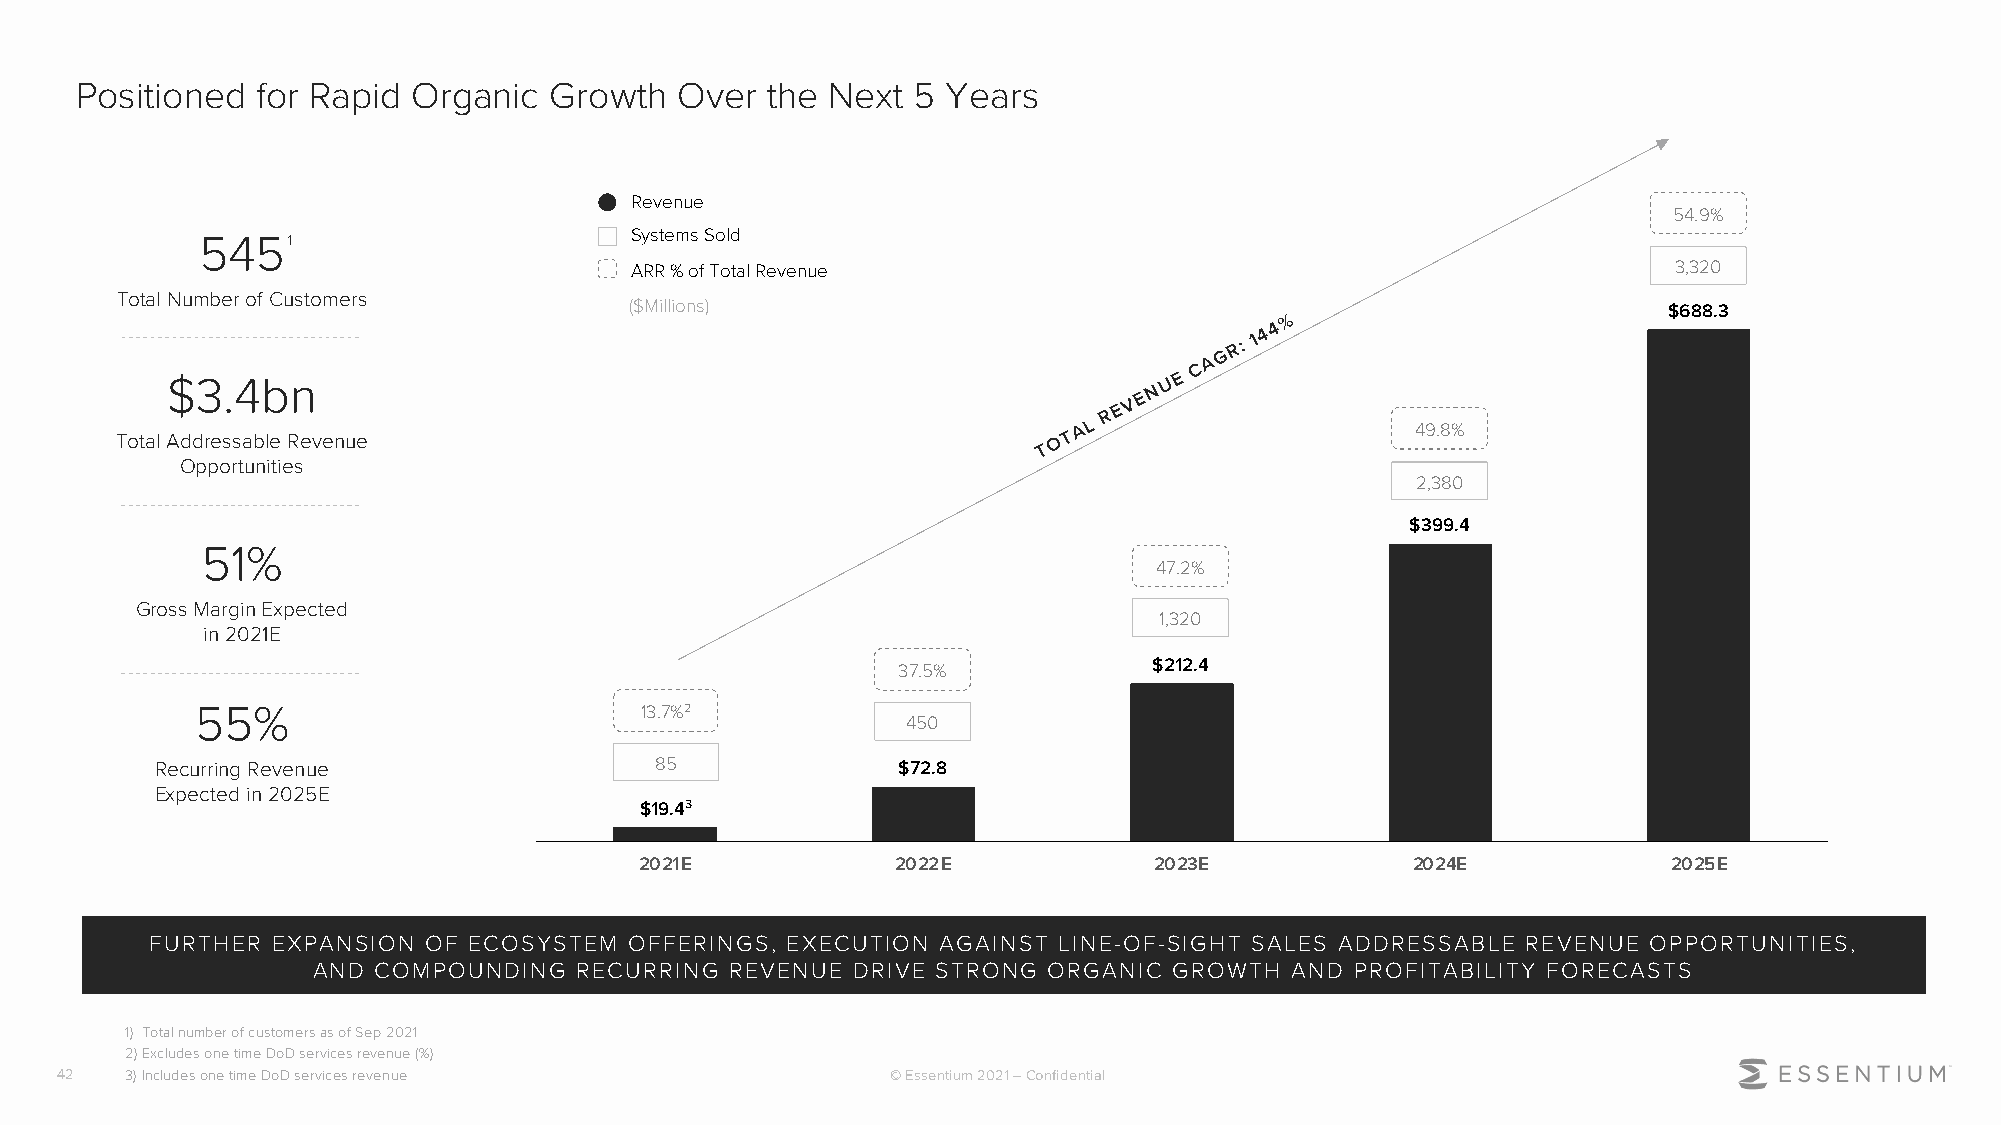
Positioned  for Rapid Organic  Growth   Over  the Next 5  Years
 Revenue
 54.9%
 5451                         Systems Sold
 ARR % of Total Revenue                                               3,320
 Total Number of Customers
 ($Millions)                                                         $688.3
 %
 G
 R:
 1 4 4
 A
 C
 $3.4bn                                                            U E
 N
 V E
 A L
 R E
 49.8%
 Total Addressable Revenue                                     O T
 T
 Opportunities
 2,380
 $399.4
 51%
 47.2%
 Gross Margin Expected
 1,320
 in 2021E
 37.5%            $212.4
 55%                          13.7%2
 450
 Recurring Revenue                85              $72.8
 Expected in 2025E
 $19.43
 2021E            2022E            2023E            2024E             2025E
 FURTHER EXPANSION OF ECOSYSTEM  OFFERINGS, EXECUTION AGAINST LINE-OF-SIGHT SALES ADDRESSABLE REVENUE OPPORTUNITIES,
 AND COMPOUNDING  RECURRING REVENUE DRIVE STRONG ORGANIC  GROWTH AND  PROFITABILITY FORECASTS
 1) Total number of customers as of Sep 2021
 2)Excludes one time DoD services revenue (%)
 42  3)Includes one time DoD services revenue           © Essentium 2021 –Confidential